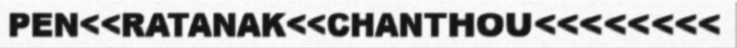
PEN<<RATANAK<<CHANTHOU<<<<<<<<